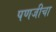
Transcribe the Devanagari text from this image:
पणजीचा